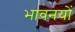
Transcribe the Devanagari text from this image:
भावनयों